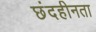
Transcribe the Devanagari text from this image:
छंदहीनता